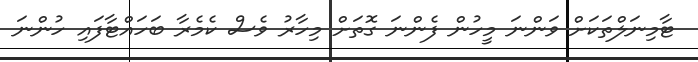
ޓާމިނަލްތަކަށް ވަންނަ މީހުން ފެންނަ ގޮތަށް މިހާރު ވެސް ކެމެރާ ބަހައްޓާފައި ހުންނަ